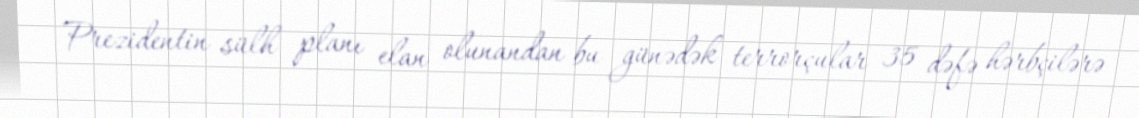
Prezidentin sülh planı elan olunandan bu günədək terrorçular 35 dəfə hərbçilərə